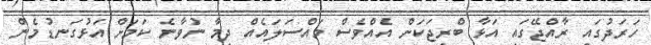
ހަރަދުގައި ރާއްޖޭގައި އަޅާ ބްރިޖަކަށް އެއްވެސް މައްސަލައެއް ދިމާ ނުވާނެ ކަމަށް އަޅުގަނޑުމެން